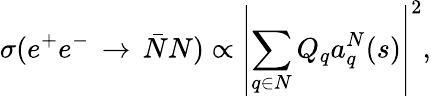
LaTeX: \sigma(e^{+}e^{-}\, \rightarrow\, \bar{N}N)\propto\displaystyle\left\vert\sum_{q\in N}Q_{q}a_{q}^{N}(s)\right\vert^{2},